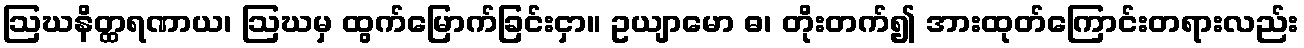
ဩဃနိတ္ထရဏာယ၊ ဩဃမှ ထွက်မြောက်ခြင်းငှာ။ ဥယျာမော ဓ၊ တိုးတက်၍ အားထုတ်ကြောင်းတရားလည်း